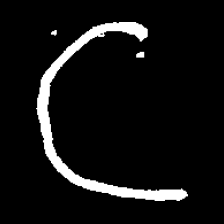
Pyu character \u2014 Myanmar letter: ဋ (romanized: tta)